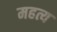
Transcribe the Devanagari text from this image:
महत्य